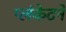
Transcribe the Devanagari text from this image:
प्लंकेटने